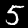
Digit: 5